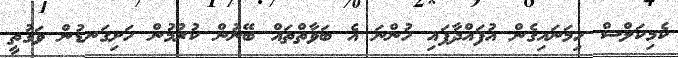
ކެމިކަލްސް ހިމަނައިގެން އުފައްދާފައި ހުންނަ އެ ބަވާތްތައް ބޭނުން ކުރުމުން ހަށިގަނޑުން ވަގުތީ